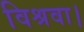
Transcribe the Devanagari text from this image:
विश्रवा।